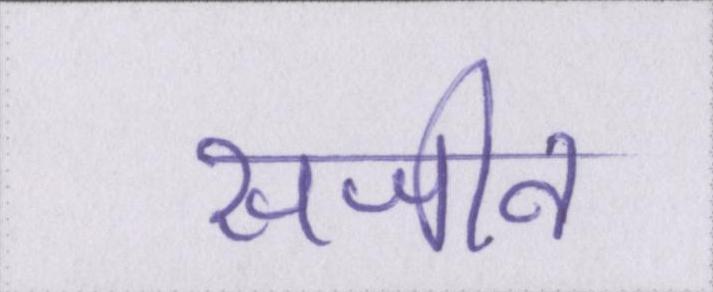
सजीव